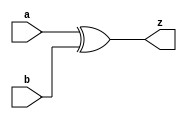
module Xor(
  input  a,
         b,
  output z
);

  assign z = a ^ b;
endmodule